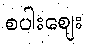
စပါးဈေး